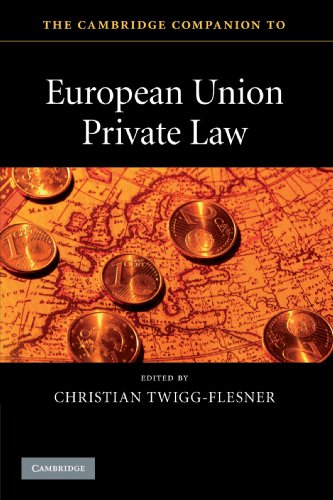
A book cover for The Cambridge Companion to European Union Private Law (Cambridge Companions to Law); Law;